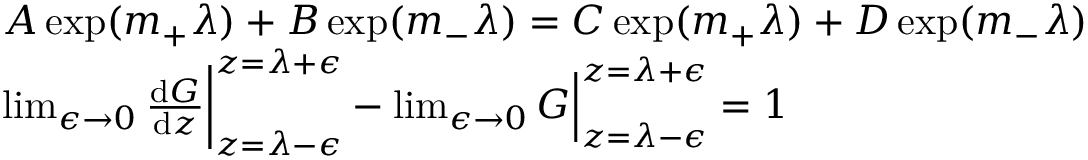
\begin{array} { r l } & { A \exp ( m _ { + } \lambda ) + B \exp ( m _ { - } \lambda ) = C \exp ( m _ { + } \lambda ) + D \exp ( m _ { - } \lambda ) } \\ & { \operatorname* { l i m } _ { \epsilon \rightarrow 0 } \frac { \mathrm { d } G } { \mathrm { d } z } \bigg | _ { z = \lambda - \epsilon } ^ { z = \lambda + \epsilon } - \operatorname* { l i m } _ { \epsilon \rightarrow 0 } G \Big | _ { z = \lambda - \epsilon } ^ { z = \lambda + \epsilon } = 1 } \end{array}